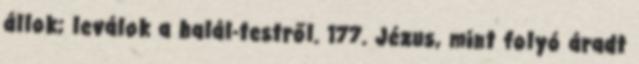
állok; leválok a halál-testről. 177. Jézus, mint folyó áradt